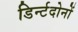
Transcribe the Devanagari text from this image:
डिर्न्टदोनों